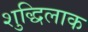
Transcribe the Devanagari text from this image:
शुद्धिलाक